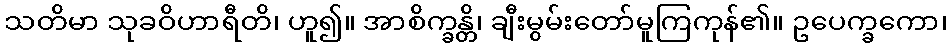
သတိမာ သုခဝိဟာရီတိ၊ ဟူ၍။ အာစိက္ခန္တိ၊ ချီးမွမ်းတော်မူကြကုန်၏။ ဥပေက္ခကော၊